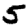
Digit: 5